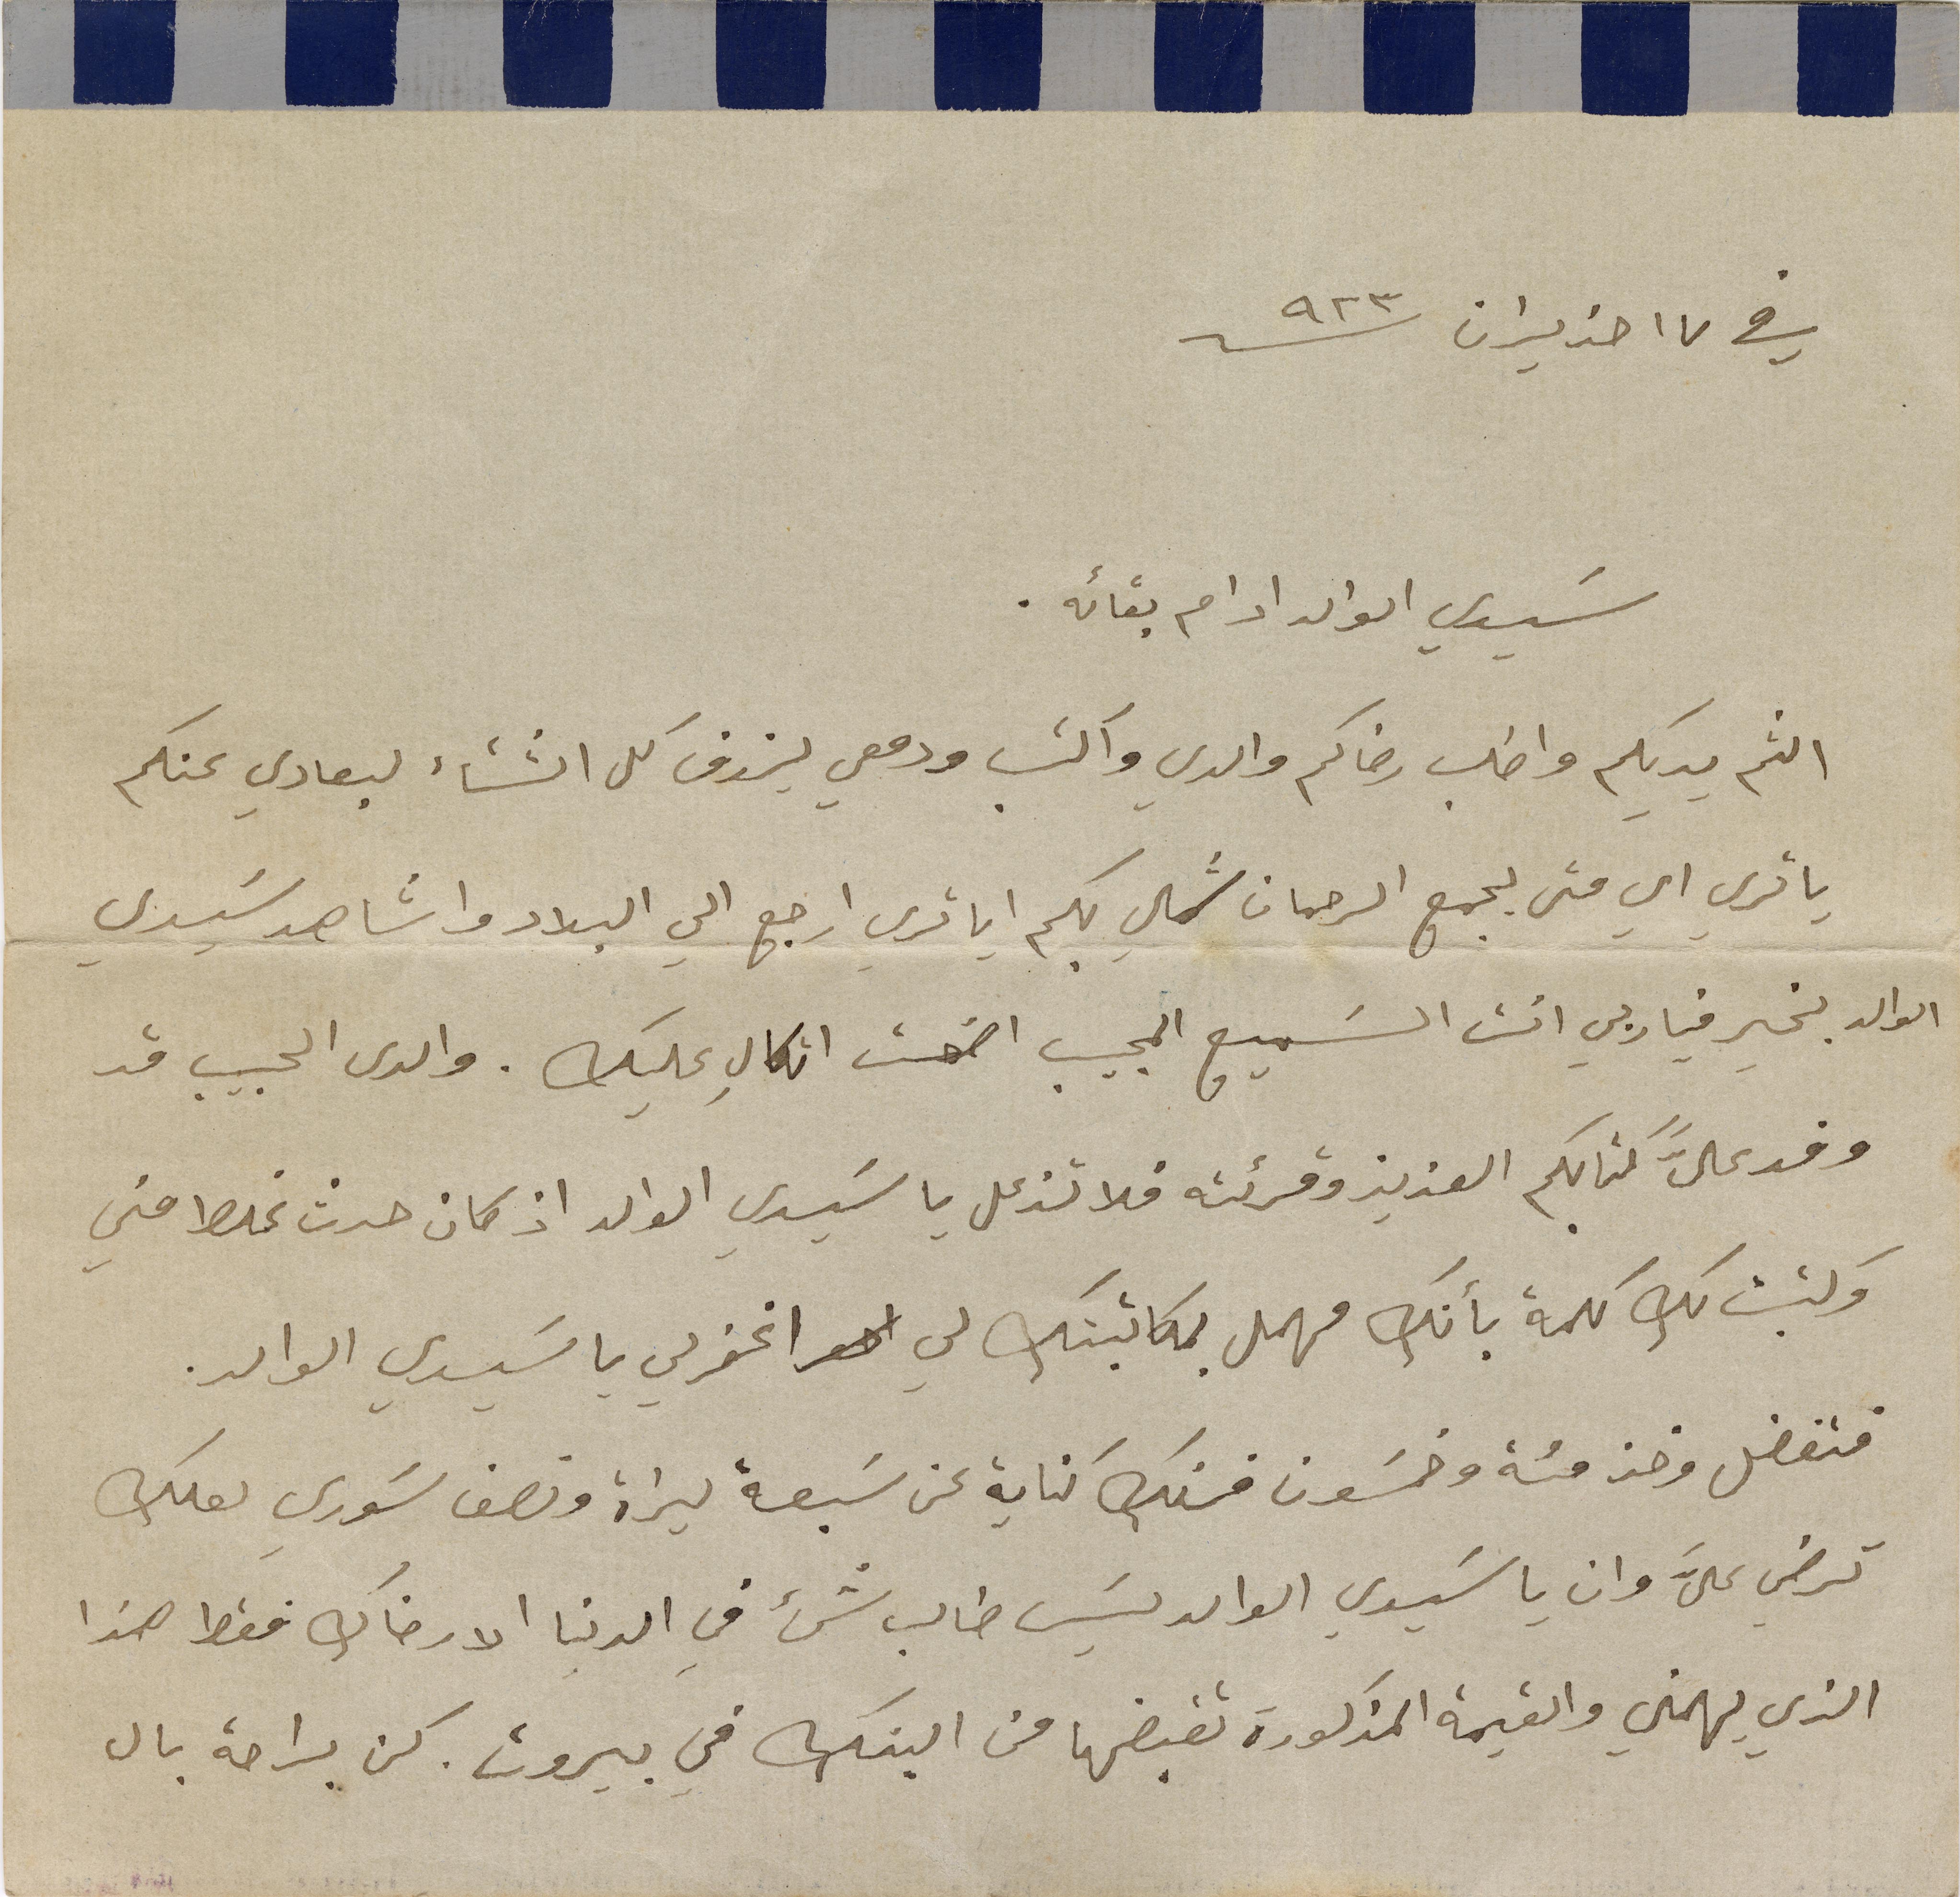
في ١٧ حزيران سنة ٩٢٣
سَيدي الوالد ادام بقائه.
الثم يديكم واطلب رضاكم والدي واكتب ودمعي يزرف كل الشتاء لبعادي عنكم
يا ترى امي متى يجمع الرحمان شملي بكم ايا ترى ارجع الى البلاد واشاهد سَيدي
الوالد بخير فيا ربي أنت السَميع المجيب اضمن اتكالي عليك. والدى الحبيب قد
وفد عليَّ كتابكم العزيز وقرئته فلا تزعل يا سَيدي الوالد اذا كان حدث غلط مني
وكتبت لك كلمة بأنك مهمل بمكاتبتك لي اغفر لي يا سَيدي الوالد.
فتفضل وخذ مئة وخمسَون فرنك كناية عن سَبعة ليراة ونصف سَوري لعلك
ترضى عليَّ وانا يا سَيدي الوالد لَيس طالب شيء في الدنيا الا رضاك فقط هذا
الذي يهمني والقيمة المذكورة تقبضها من البنك في بيروت. كن براحة بال